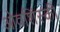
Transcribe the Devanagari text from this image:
ओवशिंस्की